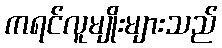
ကရင်လူမျိုးများသည်